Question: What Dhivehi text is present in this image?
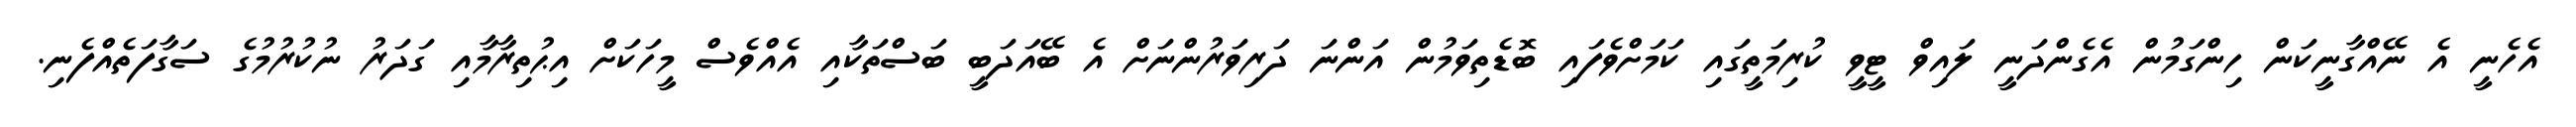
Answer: އެހެނީ އެ ނޭއްގާނީކަން ހިންގަމުން އެގެންދަނީ ލައިވް ޓީވީ ކުރިމަތީގައި ކަމަށްވެފައި ބޮޑެތިވަމުން އަންނަ ދަރިވަރުންނަށް އެ ބޭއަދަބީ ބަސްތަކާއި އެއްވެސް މީހަކަށް އިޙުތިރާމާއި ގަދަރު ނުކުރުމުގެ ސަގާފަތެއްފެނި.